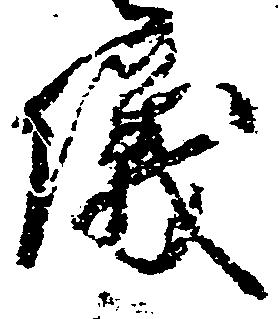
儀